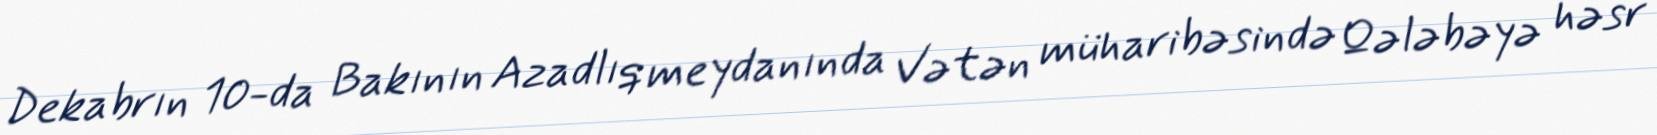
Dekabrın 10-da Bakının Azadlıq meydanında Vətən müharibəsində Qələbəyə həsr